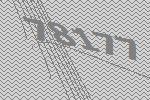
78177